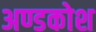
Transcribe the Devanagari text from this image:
अण्डकोश